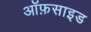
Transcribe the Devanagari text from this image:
ऑफ़साइड